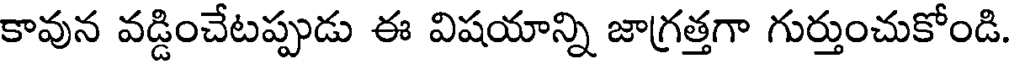
కావున వడ్డించేటప్పుడు ఈ విషయాన్ని జాగ్రత్తగా గుర్తుంచుకోండి.